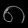
Digit: ၈